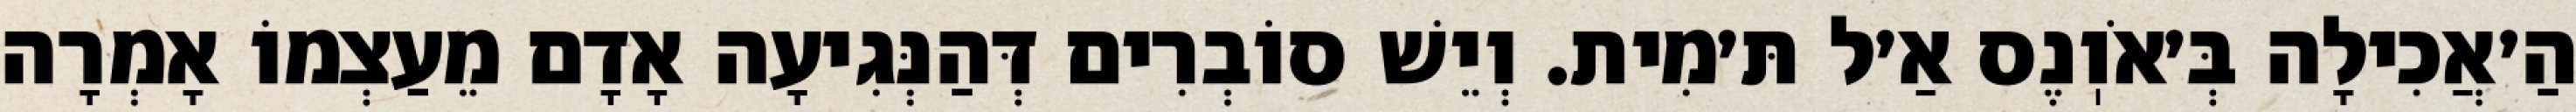
הַ׳אֲכִילָה בְּ׳אֹוֽנֶס אַ׳ל תּ׳מִית. וְיֵשׁ סוֹבְרִים דְּהַנְּגִיעָה אָדָם מֵעַצְמוֹ אָמְרָה